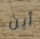
أين